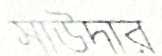
সাউদার